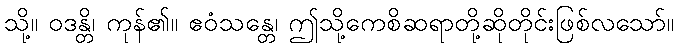
သို့။ ဝဒန္တိ၊ ကုန်၏။ ဧဝံသန္တေ၊ ဤသို့ကေစိဆရာတို့ဆိုတိုင်းဖြစ်လသော်။